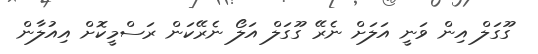
ގޫގަލް އިން ވަނީ އަލަށް ނެރޭ ގޫގަލް އަލޯ ނެރޭކަން ރަސްމީކޮށް އިއުލާން